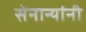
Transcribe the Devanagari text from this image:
सेनान्यांनी